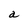
Character: a